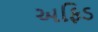
અફિડ